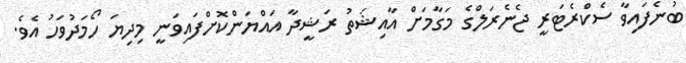
ބުނެފައިވާ ސެކްރެޓަރީ ޖެނެރަލްގެ މަގާމަށް އާއިޝަތު ރަޝީދާ އައްޔަންކޮށްފައިވަނީ މިދިޔަ ހޯމަދުވަހު އެވެ.